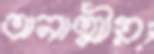
অনাত্মীয়